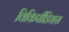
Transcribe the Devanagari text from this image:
विकिपीडियास